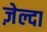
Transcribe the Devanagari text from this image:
ज़ेल्दा